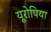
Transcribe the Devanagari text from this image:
यूरोपिया